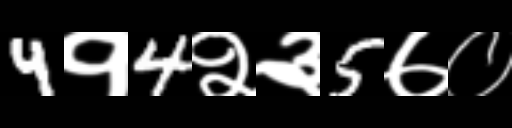
Text: 4१4२३5७०